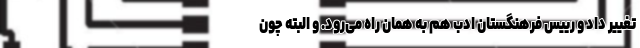
تغییر داد و رییس فرهنگستان ادب هم به همان راه می‌رود. و البته چون